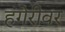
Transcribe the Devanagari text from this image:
हंगेरीवर